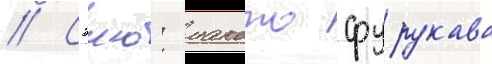
// Сэию: макото фурукава